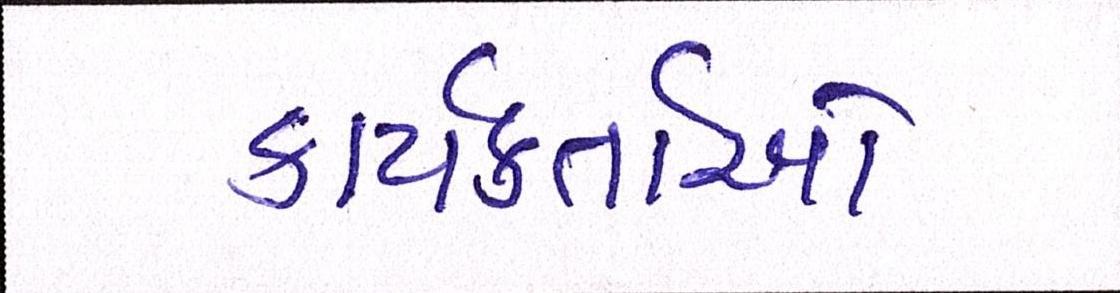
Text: કાર્યકતાર્આે